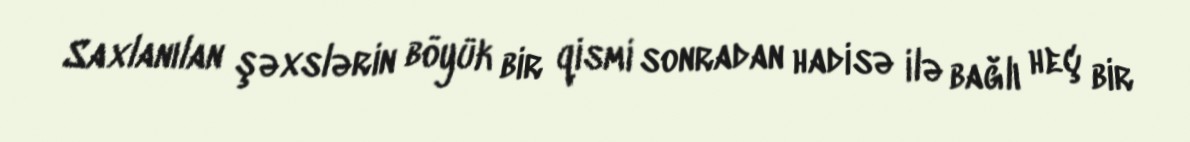
Saxlanılan şəxslərin böyük bir qismi sonradan hadisə ilə bağlı heç bir